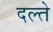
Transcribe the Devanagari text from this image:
दल्ते